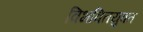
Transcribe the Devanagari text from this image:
विभक्तियुक्त